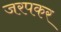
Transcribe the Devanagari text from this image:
जरपकर